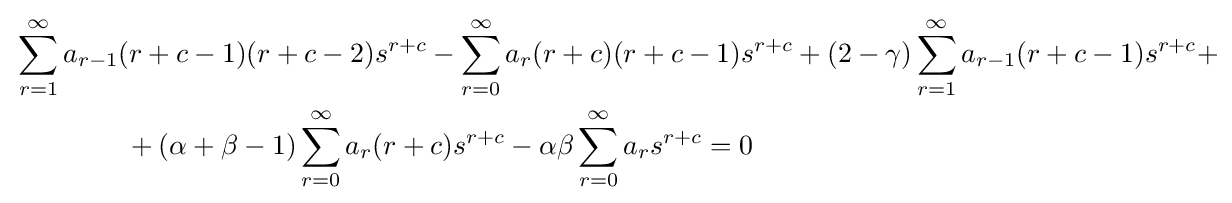
{\begin{aligned}&\sum _{r=1}^{\infty }{a_{r-1}(r+c-1)(r+c-2)s^{r+c}}-\sum _{r=0}^{\infty }{a_{r}(r+c)(r+c-1)s^{r+c}}+(2-\gamma )\sum _{r=1}^{\infty }{a_{r-1}(r+c-1)s^{r+c}}+\\&\qquad \qquad +(\alpha +\beta -1)\sum _{r=0}^{\infty }{a_{r}(r+c)s^{r+c}}-\alpha \beta \sum _{r=0}^{\infty }{a_{r}s^{r+c}}=0\end{aligned}}